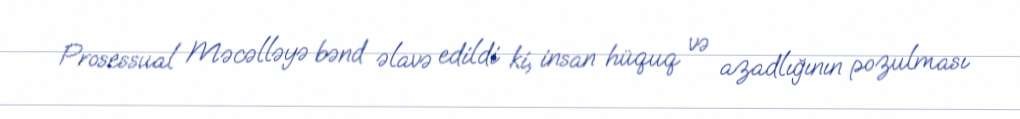
Prosessual Məcəlləyə bənd əlavə edildi ki, insan hüquq və azadlığının pozulması